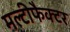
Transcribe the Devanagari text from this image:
मल्टीफैक्टर